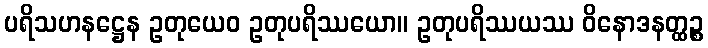
ပရိသဟနဋ္ဌေန ဥတုယေဝ ဥတုပရိဿယော။ ဥတုပရိဿယဿ ဝိနောဒနတ္ထဉ္စ